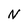
Character: N